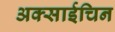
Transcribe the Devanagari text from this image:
अक्साईचिन